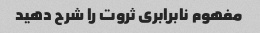
مفهوم نابرابری ثروت را شرح دهید